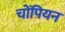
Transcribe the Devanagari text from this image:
चोंपियन